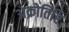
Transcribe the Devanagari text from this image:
अक्रोतिरि